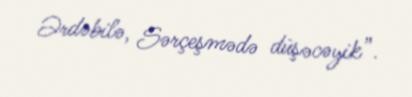
Ərdəbilə, Sərçeşmədə düşəcəyik”.